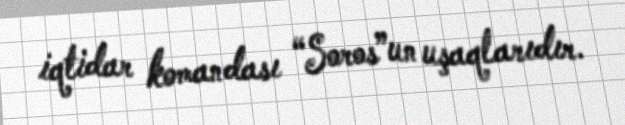
iqtidar komandası “Soros”un uşaqlarıdır.